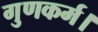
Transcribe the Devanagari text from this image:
गुणकर्म।